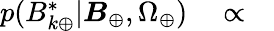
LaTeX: \begin{array}{rlr}{p(B_{k\oplus}^{*}|\boldsymbol{B}_{\oplus},\Omega_{\oplus})}&{{}\propto}&{}\end{array}